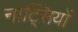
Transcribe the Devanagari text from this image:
नाट्सियों